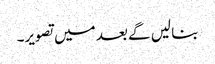
بنا لیں گے بعد میں تصویر۔